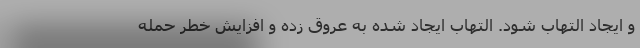
و ایجاد التهاب شود. التهاب ایجاد شده به عروق زده و افزایش خطر حمله